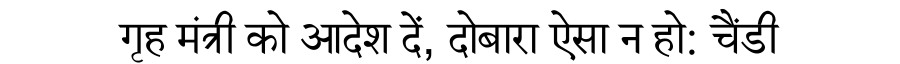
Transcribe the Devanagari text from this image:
गृह मंत्री को आदेश दें, दोबारा ऐसा न हो: चैंडी